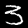
Label: 3